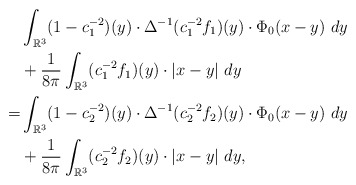
\begin{align*}& \int_{\mathbb{R}^3} (1-c_1^{-2})(y)\cdot \Delta^{-1}(c_1^{-2}f_1)(y)\cdot \Phi_0(x-y)\ dy\\&+\frac{1}{8\pi}\int_{\mathbb{R}^3} (c_1^{-2}f_1)(y)\cdot |x-y|\ dy\\=& \int_{\mathbb{R}^3} (1-c_2^{-2})(y)\cdot \Delta^{-1}(c_2^{-2}f_2)(y)\cdot \Phi_0(x-y)\ dy\\&+\frac{1}{8\pi}\int_{\mathbb{R}^3} (c_2^{-2}f_2)(y)\cdot |x-y|\ dy,\end{align*}